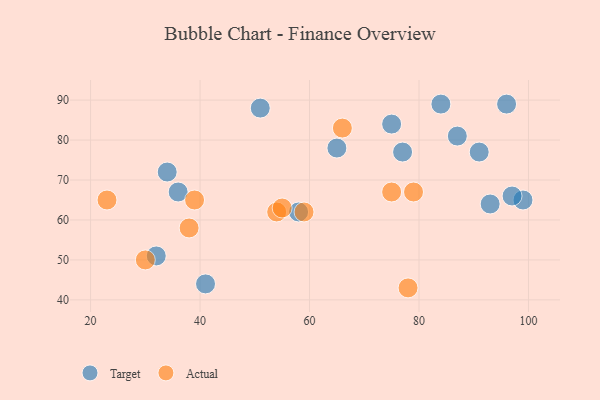
{"axis": {"x": "GDP", "y": "Life Expectancy"}, "legend": ["Actual", "Target"], "data": [{"x": "96", "y": 89, "type": "Target"}, {"x": "41", "y": 44, "type": "Target"}, {"x": "77", "y": 77, "type": "Target"}, {"x": "84", "y": 89, "type": "Target"}, {"x": "65", "y": 78, "type": "Target"}, {"x": "75", "y": 84, "type": "Target"}, {"x": "58", "y": 62, "type": "Target"}, {"x": "34", "y": 72, "type": "Target"}, {"x": "91", "y": 77, "type": "Target"}, {"x": "36", "y": 67, "type": "Target"}, {"x": "99", "y": 65, "type": "Target"}, {"x": "93", "y": 64, "type": "Target"}, {"x": "51", "y": 88, "type": "Target"}, {"x": "32", "y": 51, "type": "Target"}, {"x": "97", "y": 66, "type": "Target"}, {"x": "87", "y": 81, "type": "Target"}, {"x": "38", "y": 58, "type": "Actual"}, {"x": "30", "y": 50, "type": "Actual"}, {"x": "66", "y": 83, "type": "Actual"}, {"x": "23", "y": 65, "type": "Actual"}, {"x": "79", "y": 67, "type": "Actual"}, {"x": "78", "y": 43, "type": "Actual"}, {"x": "75", "y": 67, "type": "Actual"}, {"x": "54", "y": 62, "type": "Actual"}, {"x": "39", "y": 65, "type": "Actual"}, {"x": "59", "y": 62, "type": "Actual"}, {"x": "55", "y": 63, "type": "Actual"}]}